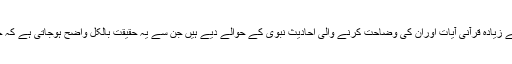
اس کے بعد ایسی سو (100) سے زیادہ قرآنی آیات اوران کی وضاحت کرنے والی احادیث نبوی کے حوالے دیے ہیں جن سے یہ حقیقت بالکل واضح ہوجاتی ہے کہ حدیث قرآن کی تشریح کرتی ہے۔